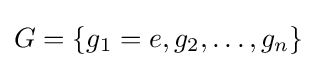
G=\{g_{1}=e,g_{2},\dots ,g_{n}\}